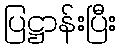
ပြဋ္ဌာန်းပြီး